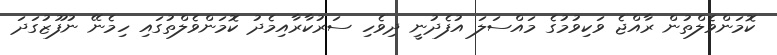
ކޮމަންވެލްތުން ރާއްޖެ ވަކިވުމުގެ މައްސަލަ އުފެދުނީ ދިވެހި ސަރުކާރާއިމެދު ކޮމަންވެލްތުގައި ހިމެނޭ ނުފޫޒުގަދަ